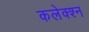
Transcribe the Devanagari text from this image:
कलेक्श्न